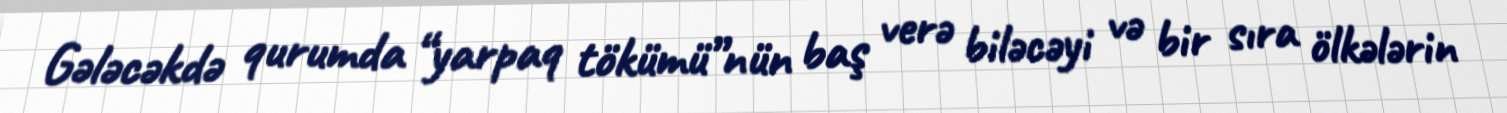
Gələcəkdə qurumda “yarpaq tökümü”nün baş verə biləcəyi və bir sıra ölkələrin